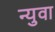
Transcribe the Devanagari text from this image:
न्युवा